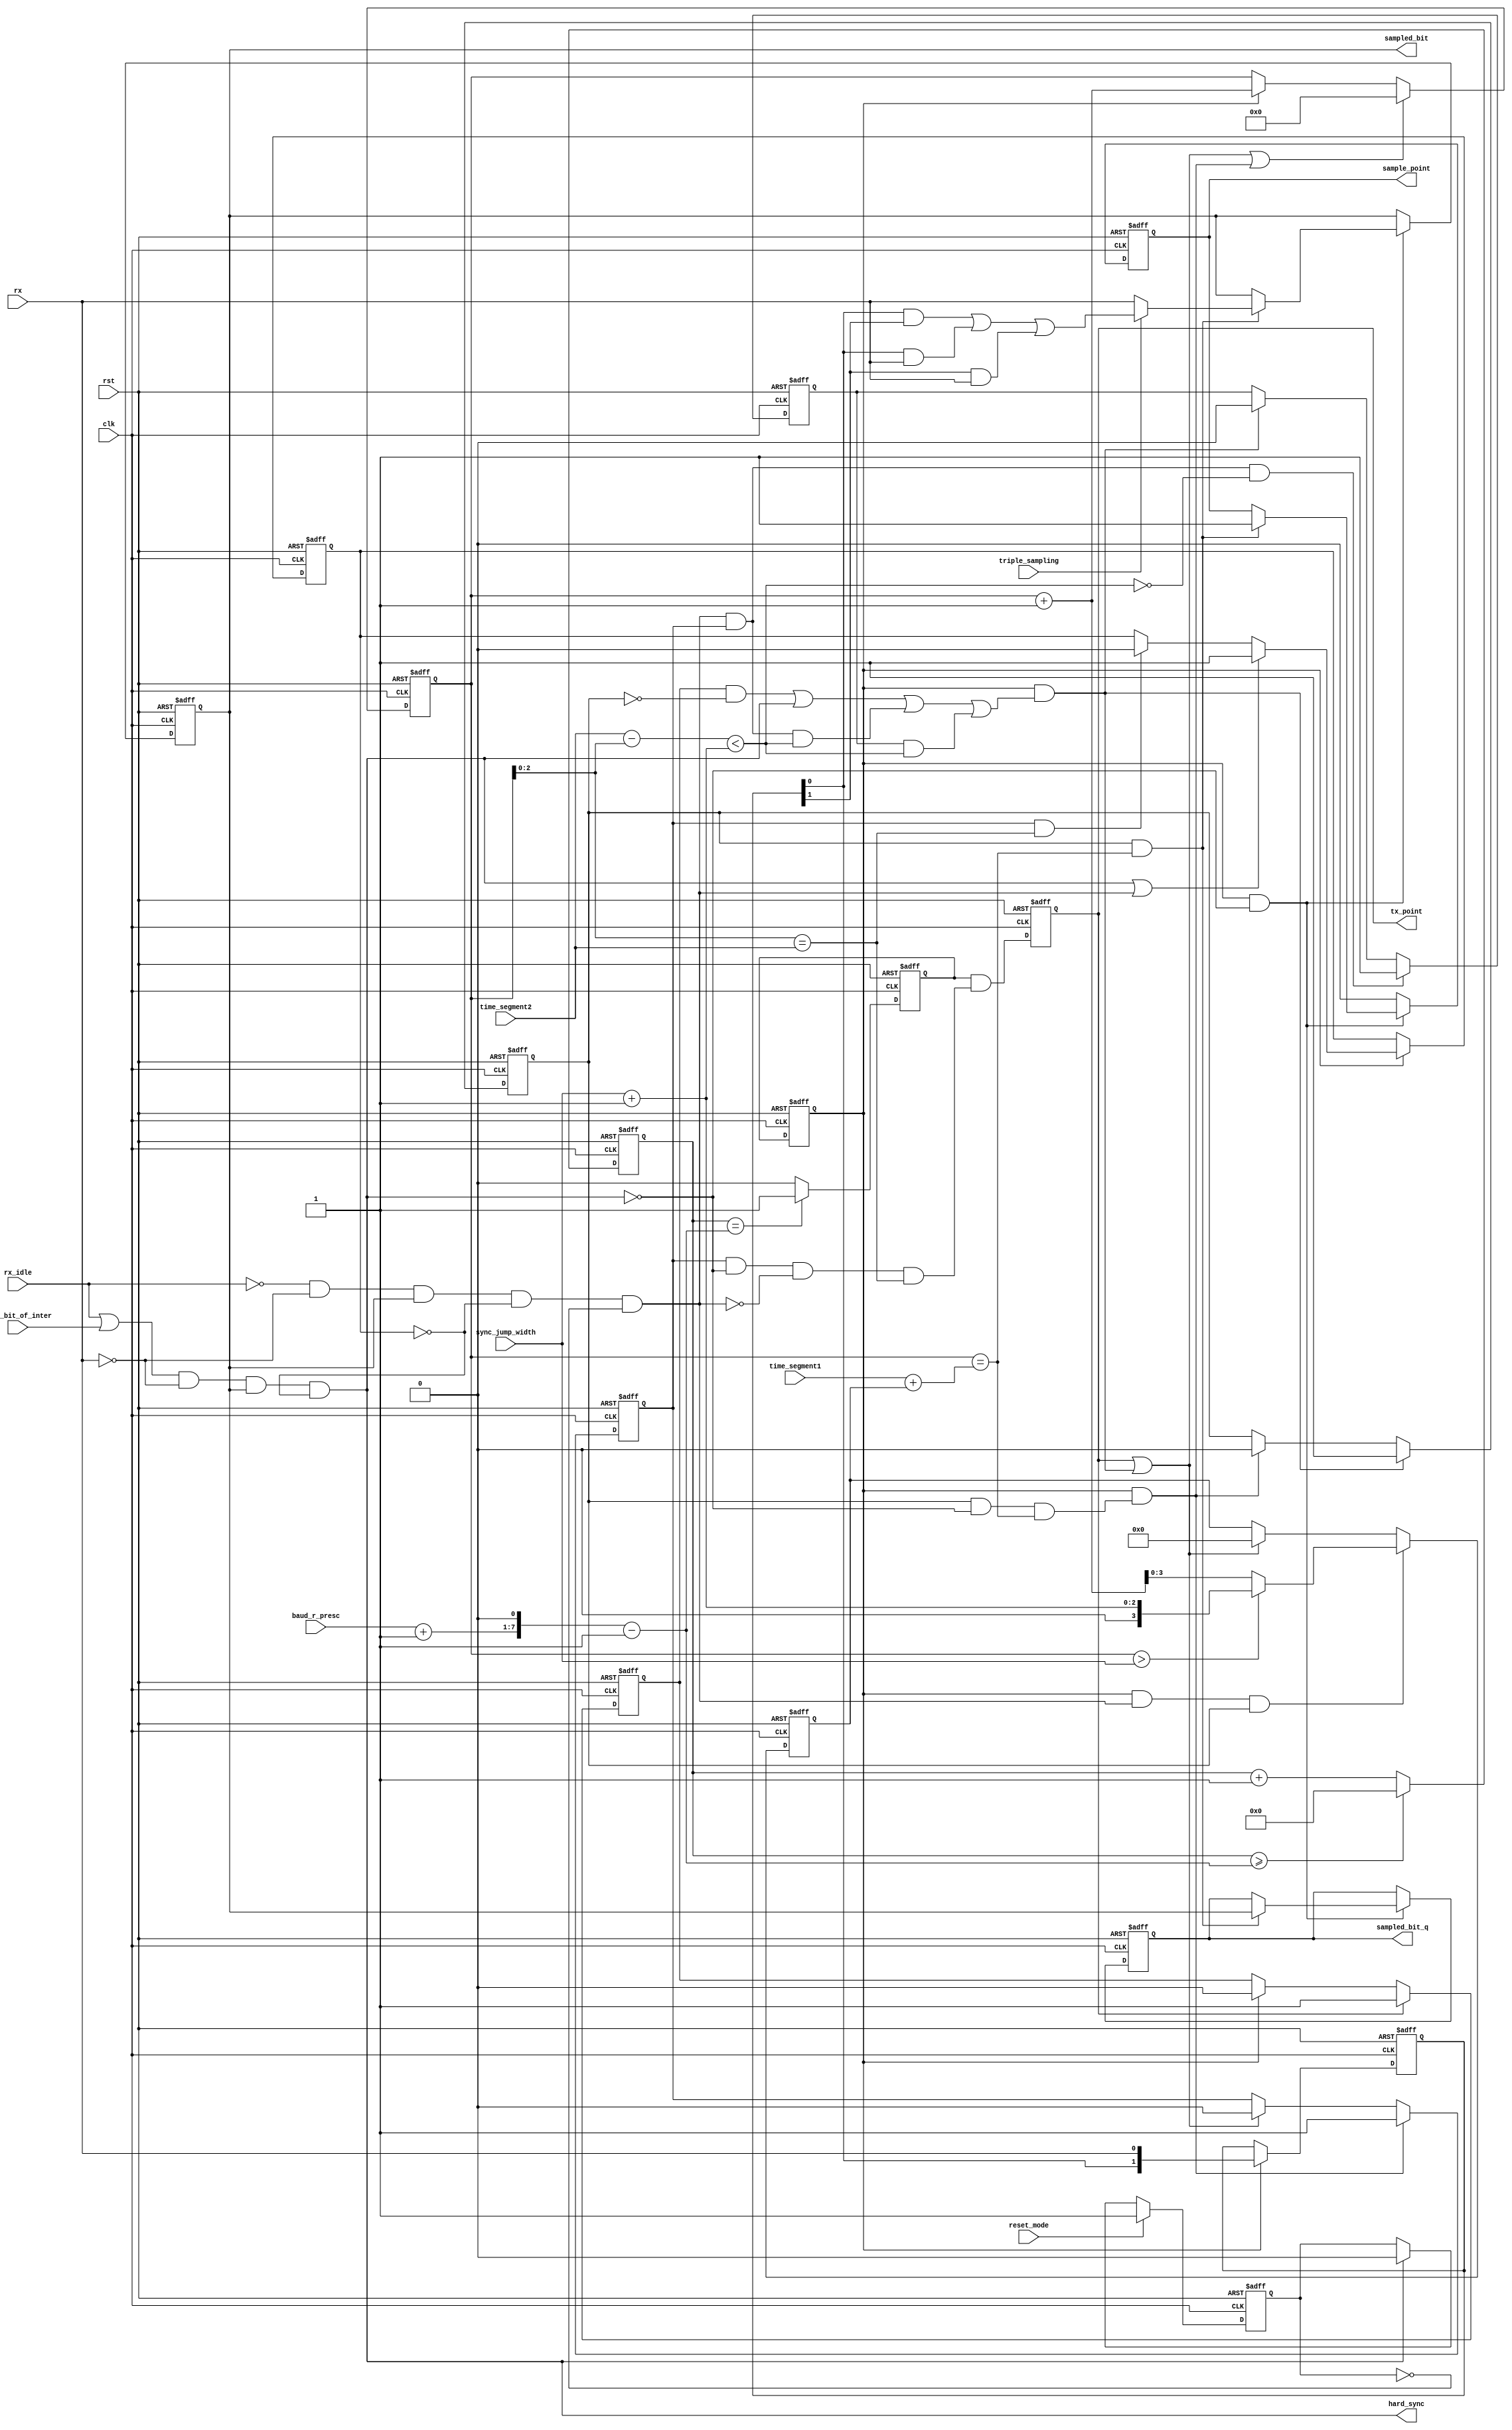
module can_btl
( 
  clk,
  rst,
  rx,

  /* Mode register */
  reset_mode,

  /* Bus Timing 0 register */
  baud_r_presc,
  sync_jump_width,

  /* Bus Timing 1 register */
  time_segment1,
  time_segment2,
  triple_sampling,

  /* Output signals from this module */
  sample_point,
  sampled_bit,
  sampled_bit_q,
  tx_point,
  hard_sync,
  
  /* Output from can_bsp module */
  rx_idle,
  last_bit_of_inter
  
  
  


);

parameter Tp = 1;

input         clk;
input         rst;
input         rx;

  /* Mode register */
input         reset_mode;

/* Bus Timing 0 register */
input   [5:0] baud_r_presc;
input   [1:0] sync_jump_width;

/* Bus Timing 1 register */
input   [3:0] time_segment1;
input   [2:0] time_segment2;
input         triple_sampling;

/* Output from can_bsp module */
input         rx_idle;
input         last_bit_of_inter;

/* Output signals from this module */
output        sample_point;
output        sampled_bit;
output        sampled_bit_q;
output        tx_point;
output        hard_sync;



reg     [6:0] clk_cnt;
reg           clk_en;
reg           clk_en_q;
reg           sync_blocked;
reg           resync_blocked;
reg           sampled_bit;
reg           sampled_bit_q;
reg     [4:0] quant_cnt;
reg     [3:0] delay;
reg           sync;
reg           seg1;
reg           seg2;
reg           resync_latched;
reg           sample_point;
reg     [1:0] sample;
reg           go_sync;

wire          go_sync_unregistered;
wire          go_seg1;
wire          go_seg2;
wire [8:0]    preset_cnt;
wire          sync_window;
wire          resync;
wire          quant_cnt_rst;



assign preset_cnt = (baud_r_presc + 1'b1)<<1;        // (BRP+1)*2
assign hard_sync  =   (rx_idle | last_bit_of_inter)  & (~rx) & sampled_bit & (~sync_blocked);  // Hard synchronization
assign resync     =  (~rx_idle)                      & (~rx) & sampled_bit & (~sync_blocked) & (~resync_blocked);  // Re-synchronization


/* Generating general enable signal that defines baud rate. */
always @ (posedge clk or posedge rst)
begin
  if (rst)
    clk_cnt <= 0;
  else if (clk_cnt >= (preset_cnt-1'b1))
    clk_cnt <=#Tp 0;
  else
    clk_cnt <=#Tp clk_cnt + 1'b1;
end


always @ (posedge clk or posedge rst)
begin
  if (rst)
    clk_en  <= 1'b0;
  else if (clk_cnt == (preset_cnt-1'b1))
    clk_en  <=#Tp 1'b1;
  else
    clk_en  <=#Tp 1'b0;
end



always @ (posedge clk or posedge rst)
begin
  if (rst)
    clk_en_q  <= 1'b0;
  else
    clk_en_q  <=#Tp clk_en;
end



/* Changing states */
 assign go_sync_unregistered = clk_en & (seg2 & (~hard_sync) & (~resync) & ((quant_cnt[2:0] == time_segment2)));
 assign go_seg1 = clk_en_q & ((sync & (~seg1)) | hard_sync | (resync & seg2 & sync_window) | (resync_latched & sync_window));
 assign go_seg2 = clk_en_q & (seg1 & (~hard_sync) & (quant_cnt == (time_segment1 + delay)));


always @ (posedge clk or posedge rst)
begin
  if (rst)
    go_sync <= 1'b0;
  else
    go_sync <=#Tp go_sync_unregistered;
end


/* When early edge is detected outside of the SJW field, synchronization request is latched and performed when
   SJW is reached */
always @ (posedge clk or posedge rst)
begin
  if (rst)
    resync_latched <= 1'b0;
  else if (resync & seg2 & (~sync_window))
    resync_latched <=#Tp 1'b1;
  else if (go_seg1)
    resync_latched <= 1'b0;
end



/* Synchronization stage/segment */
always @ (posedge clk or posedge rst)
begin
  if (rst)
    sync <= 0;
  else if (go_sync)
    sync <=#Tp 1'b1;
  else if (clk_en_q)
    sync <=#Tp 1'b0;
end


assign tx_point = go_sync;

/* Seg1 stage/segment (together with propagation segment which is 1 quant long) */
always @ (posedge clk or posedge rst)
begin
  if (rst)
    seg1 <= 1;
  else if (go_seg1)
    seg1 <=#Tp 1'b1;
  else if (go_seg2)
    seg1 <=#Tp 1'b0;
end


/* Seg2 stage/segment */
always @ (posedge clk or posedge rst)
begin
  if (rst)
    seg2 <= 0;
  else if (go_seg2)
    seg2 <=#Tp 1'b1;
  else if (go_sync | go_seg1)
    seg2 <=#Tp 1'b0;
end


/* Quant counter */
assign quant_cnt_rst = go_sync | go_seg1 | go_seg2;

always @ (posedge clk or posedge rst)
begin
  if (rst)
    quant_cnt <= 0;
  else if (quant_cnt_rst)
    quant_cnt <=#Tp 0;
  else if (clk_en_q)
    quant_cnt <=#Tp quant_cnt + 1'b1;
end


/* When late edge is detected (in seg1 stage), stage seg1 is prolonged. */
always @ (posedge clk or posedge rst)
begin
  if (rst)
    delay <= 0;
  else if (clk_en_q & resync & seg1)
    delay <=#Tp (quant_cnt > {3'h0, sync_jump_width})? (sync_jump_width + 1'b1) : (quant_cnt + 1'b1);
  else if (go_sync | go_seg1)
    delay <=#Tp 0;
end


// If early edge appears within this window (in seg2 stage), phase error is fully compensated
assign sync_window = ((time_segment2 - quant_cnt[2:0]) < ( sync_jump_width + 1'b1));


// Sampling data (memorizing two samples all the time).
always @ (posedge clk or posedge rst)
begin
  if (rst)
    sample <= 2'b11;
  else if (clk_en_q)
    sample <= {sample[0], rx};
end


// When enabled, tripple sampling is done here.
always @ (posedge clk or posedge rst)
begin
  if (rst)
    begin
      sampled_bit <= 1;
      sampled_bit_q <= 1;
      sample_point <= 0;
    end
  else if (clk_en_q & (~hard_sync))
    begin
      if (seg1 & (quant_cnt == (time_segment1 + delay)))
        begin
          sample_point <=#Tp 1;
          sampled_bit_q <=#Tp sampled_bit;
          if (triple_sampling)
            sampled_bit <=#Tp (sample[0] & sample[1]) | ( sample[0] & rx) | (sample[1] & rx);
          else
            sampled_bit <=#Tp rx;
        end
    end
  else
    sample_point <=#Tp 0;
end



/* Blocking synchronization (can occur only once in a bit time) */

always @ (posedge clk or posedge rst)
begin
  if (rst)
    sync_blocked <=#Tp 1'b0;
  else if (clk_en_q)
    begin
      if (hard_sync | resync)
        sync_blocked <=#Tp 1'b1;
      else if (seg2 & (quant_cnt[2:0] == time_segment2))
        sync_blocked <=#Tp 1'b0;
    end
end


/* Blocking resynchronization until reception starts (needed because after reset mode exits we are waiting for
   end-of-frame and interframe. No resynchronization is needed meanwhile). */
always @ (posedge clk or posedge rst)
begin
  if (rst)
    resync_blocked <=#Tp 1'b1;
  else if (reset_mode)
    resync_blocked <=#Tp 1'b1;
  else if (hard_sync)
    resync_blocked <=#Tp 1'b0;
end





endmodule